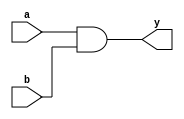
module simple_continuous_assignment (
    input wire a,        // First input
    input wire b,        // Second input
    output wire y        // Output
);

// Continuous assignment using the assign statement
assign y = a & b;      // y is the logical AND of a and b

endmodule